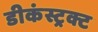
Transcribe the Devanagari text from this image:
डीकंस्ट्रक्ट